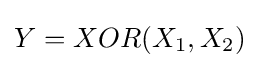
Y=XOR(X_{1},X_{2})